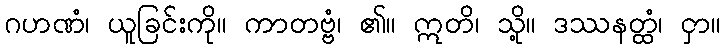
ဂဟဏံ၊ ယူခြင်းကို။ ကာတဗ္ဗံ၊ ၏။ ဣတိ၊ သို့။ ဒဿနတ္ထံ၊ ငှာ။